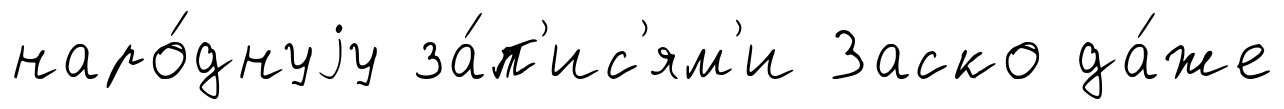
наро́днуjу за́п'ис'ям'и Заско да́же